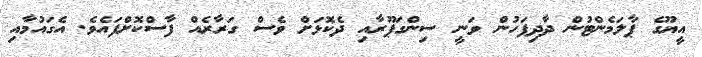
އީޔޫގެ ޕާލަމެންޓުން ދާދިފަހުން ވަނީ ސިންގަޕޫރާއި ދެކޮޅަށް ވެސް ގަރާރެއް ފާސްކޮށްފައެވެ. އެގައުމާއި